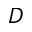
D